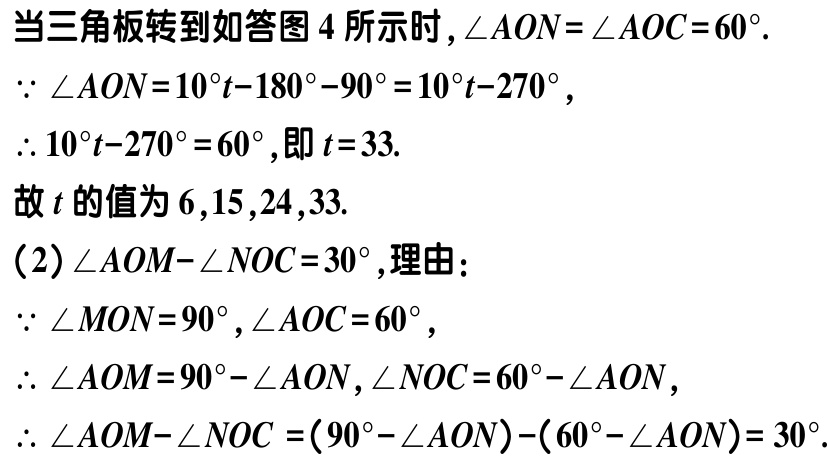
当三角板转到如答图 4 所示时，\(\angle AON = \angle AOC = 60^{\circ}\).
\(\because \angle AON = 10^{\circ}t - 180^{\circ} - 90^{\circ} = 10^{\circ}t - 270^{\circ}\),
\(\therefore 10^{\circ}t - 270^{\circ} = 60^{\circ}\), 即 \(t = 33\).
故 \(t\) 的值为 \(6,15,24,33\).
(2)\(\angle AOM - \angle NOC = 30^{\circ}\), 理由:
\(\because \angle MON = 90^{\circ}, \angle AOC = 60^{\circ}\),
\(\therefore \angle AOM = 90^{\circ} - \angle AON, \angle NOC = 60^{\circ} - \angle AON\),
\(\therefore \angle AOM - \angle NOC = (90^{\circ} - \angle AON) - (60^{\circ} - \angle AON) = 30^{\circ}\).